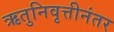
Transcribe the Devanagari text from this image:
ऋतुनिवृत्तीनंतर